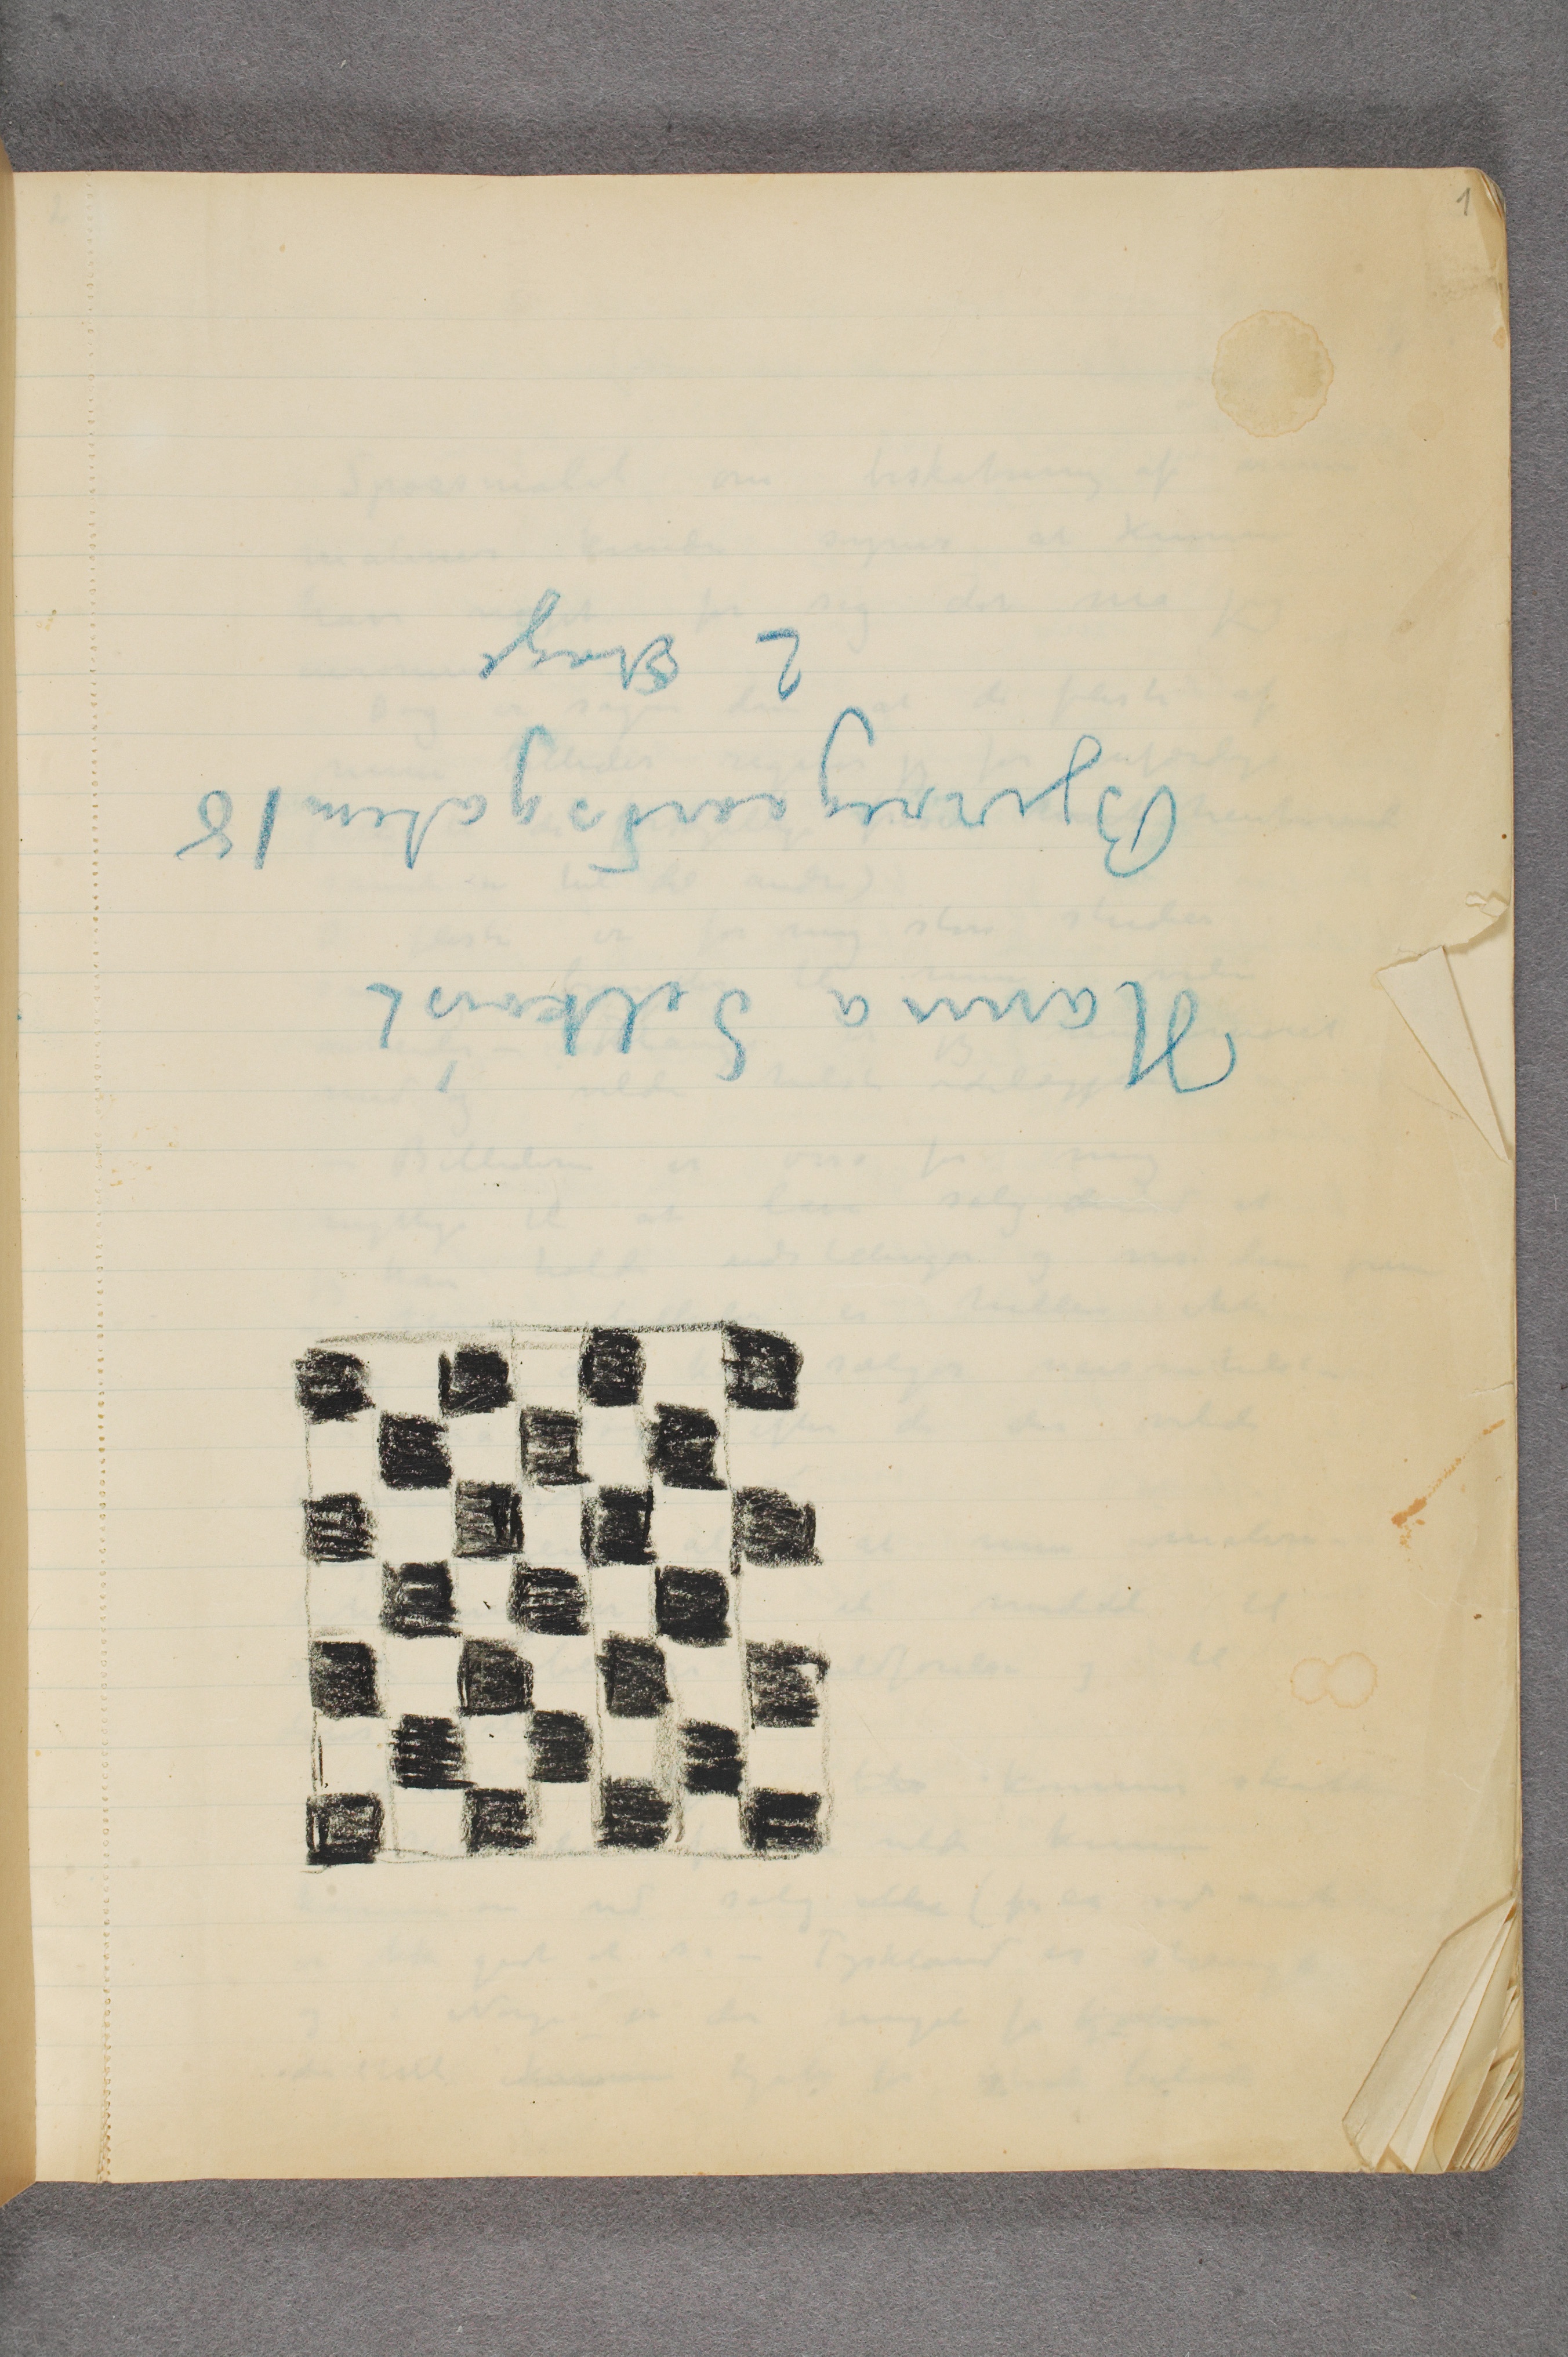
Hanna Selkvist
Bjerregaardsgaten 18
2 Etage